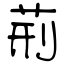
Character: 荊